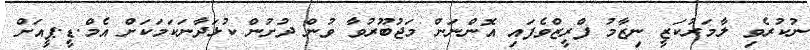
ނުކުރެވި ލާމަރުކަޒީ ނިޒާމު ފްރީޒްވެފައި އޮންނަން މަޖުބޫރުވާ ވުން ދުށުން ކުޅަދާނަކަމަކަށް އެމް.ޑީ.ޕީއަށް